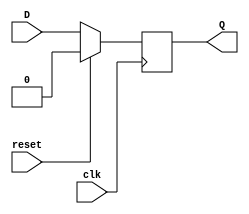
module d_flipflop (
  input clk,
  input reset,
  input D,
  output reg Q
);

always @(posedge clk) begin
  if (reset) begin
    Q <= 1'b0;
  end else begin
    Q <= D;
  end
end

endmodule